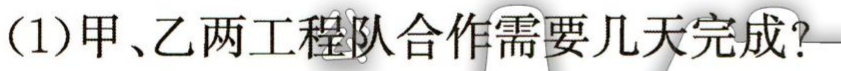
(1)甲、乙两工程队合作需要几天完成？